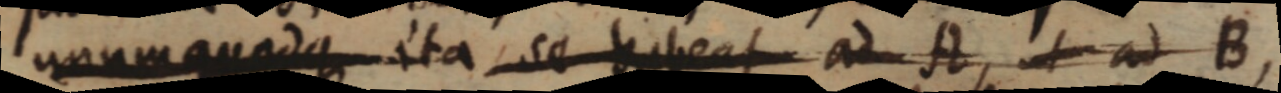
unum quodque ita se habeat ad A, ut ad B,